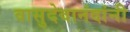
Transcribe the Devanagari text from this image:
वासुदेवानंदांनी